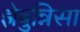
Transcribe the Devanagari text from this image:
झेबुन्निसा